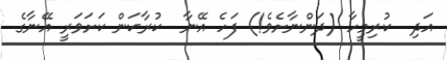
އަދި  ކުރިމީހާ (ދަންނާށެވެ!) ފަހެ އޭނާ  ކުރާކަން ކަށަވަރީ އޭނާގެ